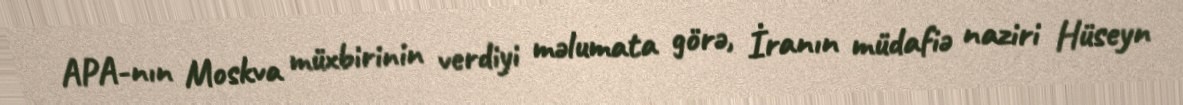
APA-nın Moskva müxbirinin verdiyi məlumata görə, İranın müdafiə naziri Hüseyn